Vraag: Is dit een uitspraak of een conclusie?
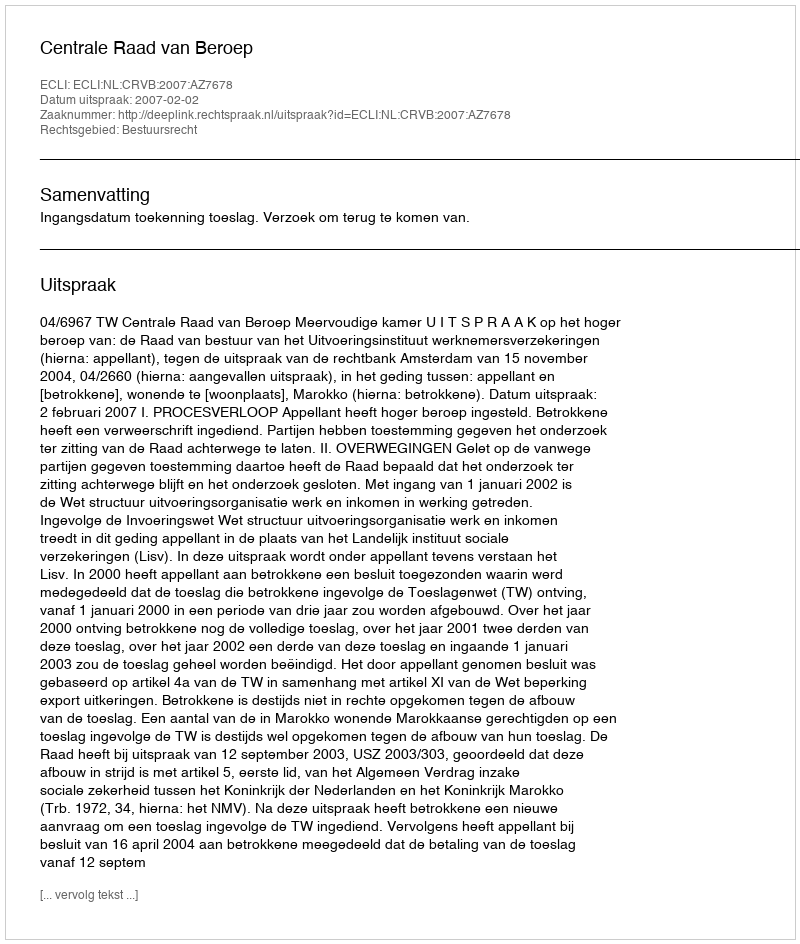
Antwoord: Uitspraak